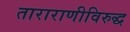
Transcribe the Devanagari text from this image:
ताराराणीविरुद्ध